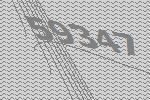
59347